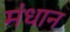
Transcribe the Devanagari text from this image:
मंधान